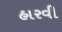
હારવી